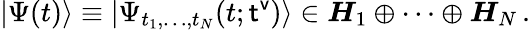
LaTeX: |\Psi(t)\rangle\equiv|\Psi_{t_{1},\dots,t_{N}}(t;{\sf t^{v}})\rangle\in\boldsymbol{H}_{1}\oplus\dots\oplus\boldsymbol{H}_{N}\, .